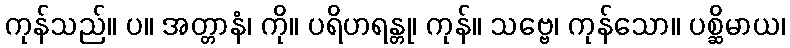
ကုန်သည်။ ပ။ အတ္တာနံ၊ ကို။ ပရိဟရန္တု၊ ကုန်။ သဗ္ဗေ၊ ကုန်သော။ ပစ္ဆိမာယ၊